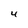
Character: 4